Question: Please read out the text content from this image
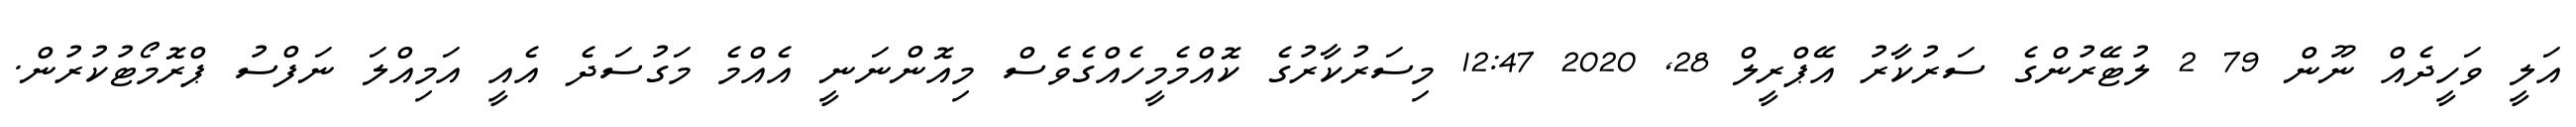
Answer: އަލީ ވަހީދެއް ނޫން 79 2 ލުޓޭރުންގެ ސަރުކާރު އޭޕްރީލް 28, 2020 12:47 މިސަރުކާރުގެ ކޮއްމެމީހެއްގެވެސް މިއޮންނަނީ އެއްމެ މަގުސަދެ އެއީ އަމިއްލަ ނަފްސު ޕްރޮމޯޓުކުރުން.